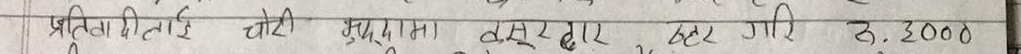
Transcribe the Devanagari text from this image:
प्रतिदिवश चोरी मुद्धामा कसुर ठहर गरि रु. ३०००